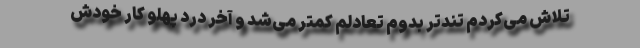
تلاش می‌کردم تندتر بدوم تعادلم کمتر می‌شد و آخر درد پهلو کار خودش